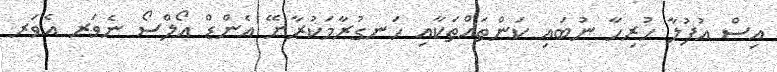
އިސް އުފުލާ ހުރިހާ ނުބައި ކަންތައްތަކާއި ހަނގުރާމަކުރާށޭ އެންޑް އޯލްސޯ ނެވަރ އެވަރ